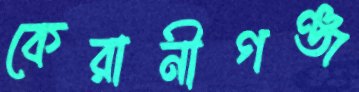
কেরানীগঞ্জ